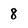
Character: 8